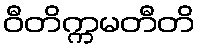
ဝီတိက္ကမတီတိ